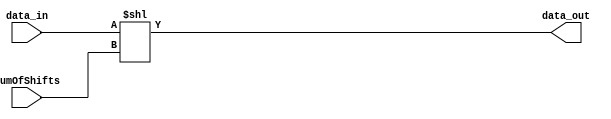
//shl_op.v, 32-bit SHIFT LEFT operation module
`timescale 1ns/10ps

module shl_op (
	input wire [31:0] data_in,
	input wire [31:0] numOfShifts,
	output wire [31:0] data_out
);
	//shifts the input data the given number of shifts to the left and the result is set to data_out, logical shift fills shift with zeros
	assign data_out[31:0] = data_in << numOfShifts; 

endmodule